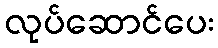
လုပ်ဆောင်ပေး